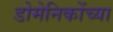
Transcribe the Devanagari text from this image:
डोमेनिकोंच्या